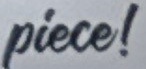
piece!